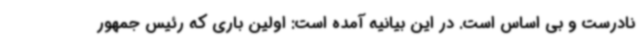
نادرست و بی اساس است. در این بیانیه آمده است: اولین باری که رئیس جمهور